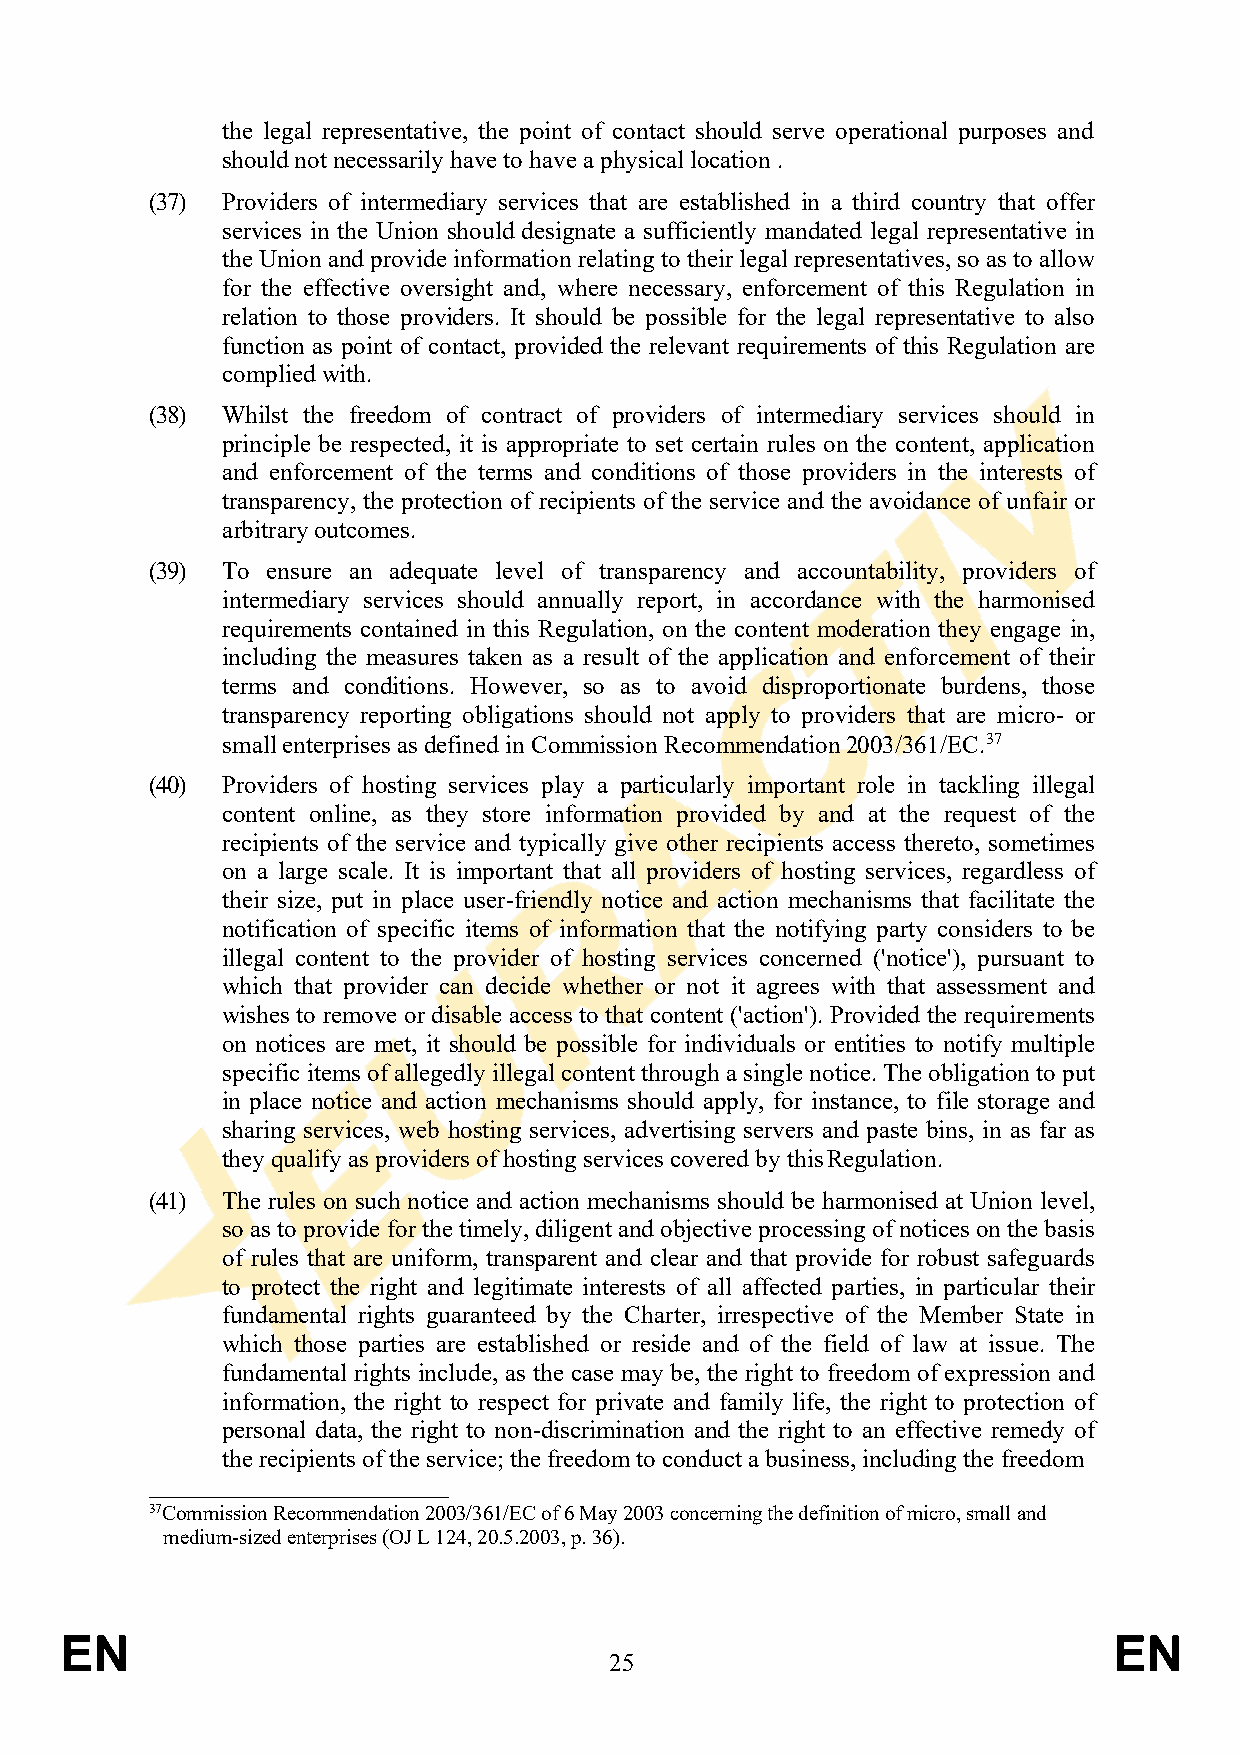
the legal representative, the point of contact should serve operational purposes and
 should not necessarily have to have a physical location .
 (37) Providers of intermediary services that are established in a third country that offer
 services in the Union should designate a sufficiently mandated legal representative in
 the Union and provide information relating to their legal representatives, so as to allow
 for the effective oversight and, where necessary, enforcement of this Regulation in
 relation to those providers. It should be possible for the legal representative to also
 function as point of contact, provided the relevant requirements of this Regulation are
 complied with.
 (38) Whilst the freedom of contract of providers of intermediary services should in
 principle be respected, it is appropriate to set certain rules on the content, application
 and enforcement of the terms and conditions of those providers in the interests of
 transparency, the protection of recipients of the service and the avoidance of unfair or
 arbitrary outcomes.
 (39) To ensure an adequate level of transparency and accountability, providers of
 intermediary services should annually report, in accordance with the harmonised
 requirements contained in this Regulation, on the content moderation they engage in,
 including the measures taken as a result of the application and enforcement of their
 terms and conditions. However, so as to avoid disproportionate burdens, those
 transparency reporting obligations should not apply to providers that are micro- or
 small enterprises as defined in Commission Recommendation 2003/361/EC.37
 (40) Providers of hosting services play a particularly important role in tackling illegal
 content online, as they store information provided by and at the request of the
 recipients of the service and typically give other recipients access thereto, sometimes
 on a large scale. It is important that all providers of hosting services, regardless of
 their size, put in place user-friendly notice and action mechanisms that facilitate the
 notification of specific items of information that the notifying party considers to be
 illegal content to the provider of hosting services concerned ('notice'), pursuant to
 which that provider can decide whether or not it agrees with that assessment and
 wishes to remove or disable access to that content ('action'). Provided the requirements
 on notices are met, it should be possible for individuals or entities to notify multiple
 specific items of allegedly illegal content through a single notice. The obligation to put
 in place notice and action mechanisms should apply, for instance, to file storage and
 sharing services, web hosting services, advertising servers and paste bins, in as far as
 they qualify as providers of hosting services covered by this Regulation.
 (41) The rules on such notice and action mechanisms should be harmonised at Union level,
 so as to provide for the timely, diligent and objective processing of notices on the basis
 of rules that are uniform, transparent and clear and that provide for robust safeguards
 to protect the right and legitimate interests of all affected parties, in particular their
 fundamental rights guaranteed by the Charter, irrespective of the Member State in
 which those parties are established or reside and of the field of law at issue. The
 fundamental rights include, as the case may be, the right to freedom of expression and
 information, the right to respect for private and family life, the right to protection of
 personal data, the right to non-discrimination and the right to an effective remedy of
 the recipients of the service; the freedom to conduct a business, including the freedom
 37Commission Recommendation 2003/361/EC of 6 May 2003 concerning the definition of micro, small and
 medium-sized enterprises (OJ L 124, 20.5.2003, p. 36).
 EN                                                                    EN
 25